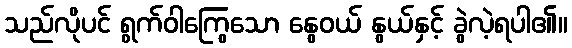
သည်လိုပင် ရွက်ဝါကြွေသော နွေဝယ် နွယ်နှင့် ခွဲလဲ့ရပါ၏။